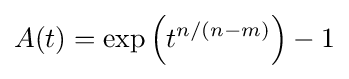
A(t)=\exp \left(t^{n/(n-m)}\right)-1